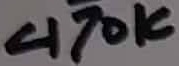
Text: 470K